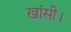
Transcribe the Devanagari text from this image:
खांसी।